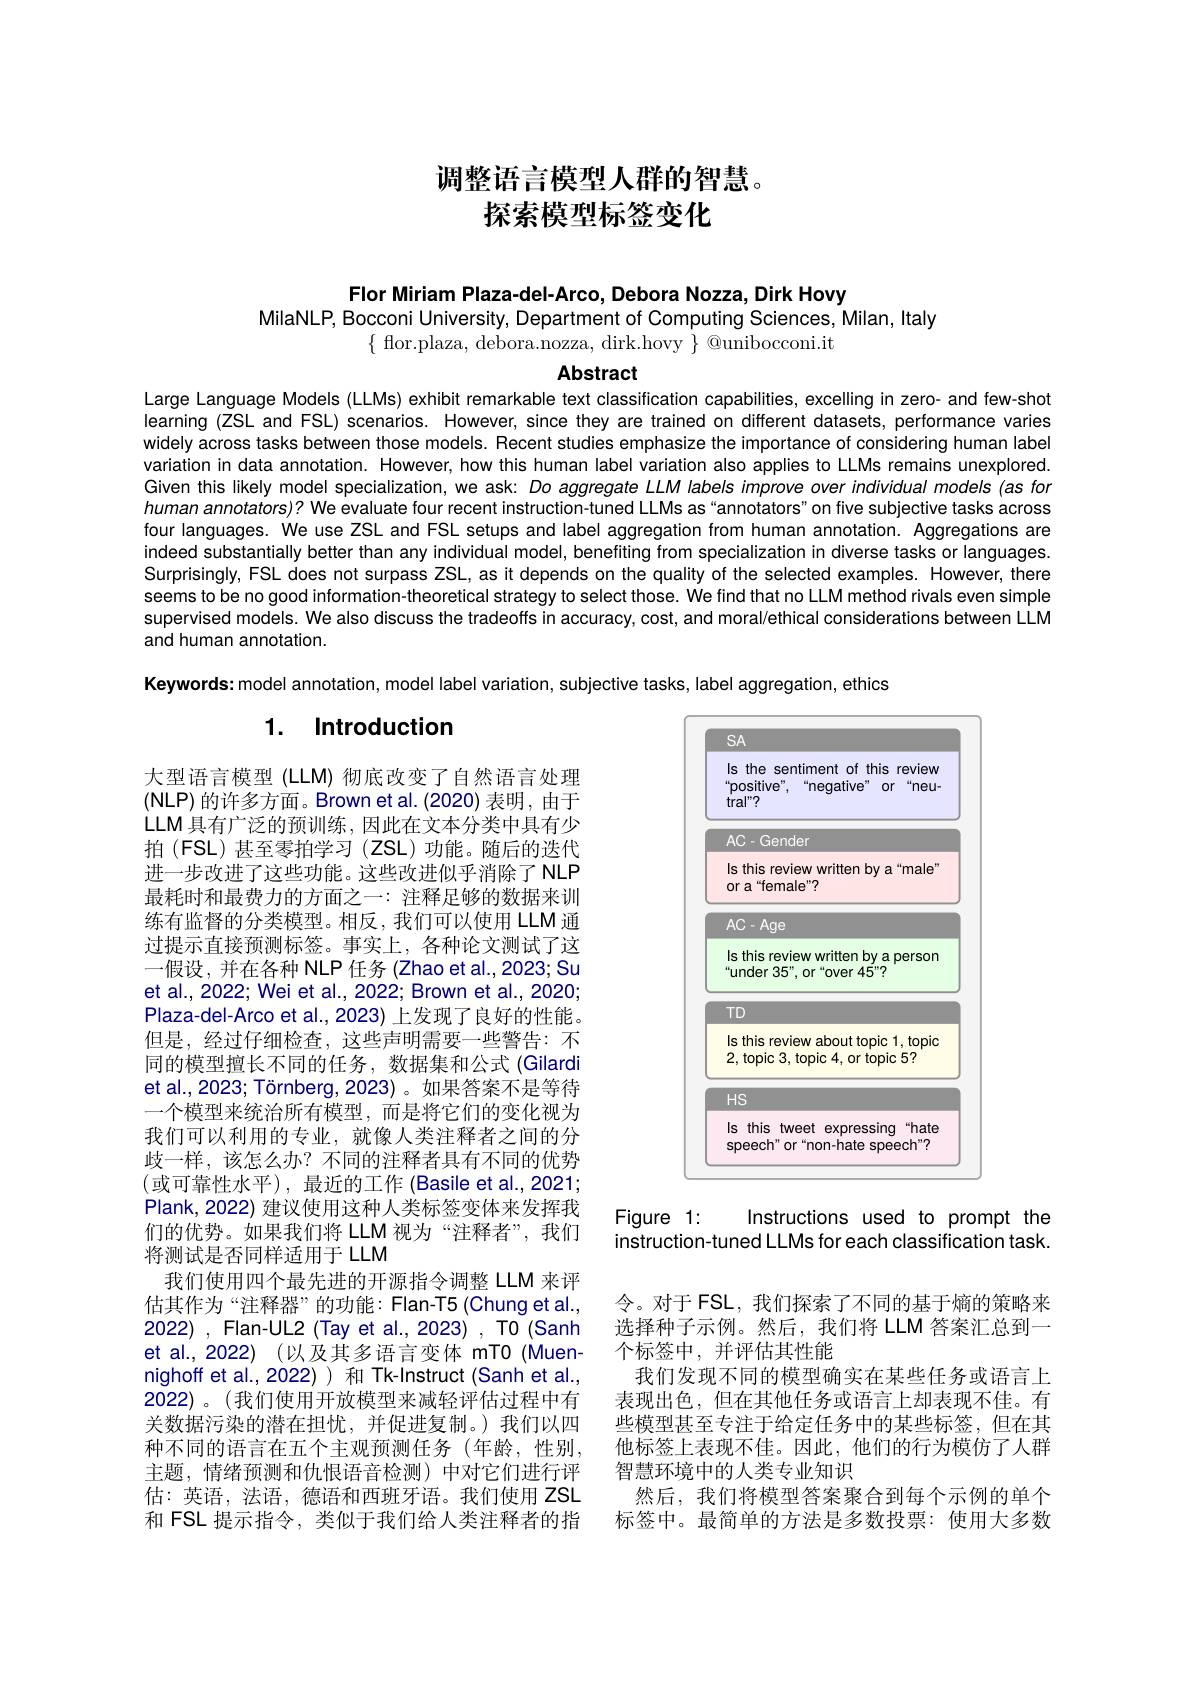
调整语言模型人群的智慧。
探索模型标签变化

Flor Miriam Plaza-del-Arco, Debora Nozza, Dirk Hovy
MilaNLP, Bocconi University, Departmént of Computing Sciences, Milan, Italy
$\{$ flor.plaza, debora.nozza, dirk.hovy $\}$ @unibocconi.it

Abstract

Large Language Models (LLMs) exhibit remarkable text classification capabilities, excelling in zero- and few-shot learning (ZSL and FSL) scenarios. However, since they are trained on different datasets, performance varies widely across tasks between those models. Recent studies emphasize the importance of considering human label variation in data annotation. However, how this human label variation also applies to LLMs remains unexplored. Given this likely model specialization, we ask: Do aggregate LLM labels improve over individual models (as for human annotators)? We evaluate four recent instruction-tuned LLMs as "annotators" on five subjective tasks across four languages. We use ZSL and FSL setups and label aggregation from human annotation. Aggregations are indeed substantially better than any individual model, benefiting from specialization in diverse tasks or languages. Surprisingly, FSL does not surpass ZSL, as it depends on the quality of the selected examples. However, there seems to be no good information-theoretical strategy to select those. We find that no LLM method rivals even simple supervised models. We also discuss the tradeoffs in accuracy, cost, and moral/ethical considerations between LLM and human annotation.
Keywords: model annotation, model label variation, subjective tasks, label aggregation, ethics

# 1. Introduction

<FigureHere>

大型语言模型 (LLM) 彻底改变了自然语言处理(NLP)的许多方面。Brown et al.(2020) 表明，由于LLM 具有广泛的预训练，因此在文本分类中具有少拍(FSL)甚至零拍学习(ZSL)功能。随后的迭代进一步改进了这些功能。这些改进似乎消除了 NLP 最耗时和最费力的方面之一：注释足够的数据来训练有监督的分类模型。相反，我们可以使用 LLM 通过提示直接预测标签。事实上，各种论文测试了这一假设，并在各种 NLP 任务 (Zhao et al.,2023; Su et al., 2022; Wei et al., 2022; Brown et al., 2020; Plaza-del-Arco et al.,2023) 上发现了良好的性能。但是，经过仔细检查，这些声明需要一些警告：不同的模型擅长不同的任务，数据集和公式 (Gilardi et al., 2023; Törnberg, 2023) 。如果答案不是等待一个模型来统治所有模型，而是将它们的变化视为我们可以利用的专业，就像人类注释者之间的分歧一样，该怎么办？不同的注释者具有不同的优势(或可靠性水平),最近的工作 (Basile et al.,2021; Plank, 2022) 建议使用这种人类标签变体来发挥我们的优势。如果我们将 LLM 视为“注释者”,我们将测试是否同样适用于 LLM
我们使用四个最先进的开源指令调整 LLM 来评估其作为“注释器”的功能：Flan-T5(Chung et al., 2022), Flan-UL2(Tay et al., 2023) , T0 (Sanh et al., 2022) (以及其多语言变体 mTO (Muennighoff et al.,2022))和 Tk-Instruct (Sanh et al., 2022)。(我们使用开放模型来减轻评估过程中有关数据污染的潜在担忧，并促进复制。)我们以四种不同的语言在五个主观预测任务(年龄，性别主题，情绪预测和仇恨语音检测)中对它们进行评估：英语，法语，德语和西班牙语。我们使用 ZSL 和 FSL 提示指令，类似于我们给人类注释者的指

Figure 1:
Instructions used to prompt the
instruction-tuned LLMs for each classification task.

令。对于 FSL, 我们探索了不同的基于熵的策略来选择种子示例。然后，我们将 LLM 答案汇总到一个标签中，并评估其性能
我们发现不同的模型确实在某些任务或语言上表现出色，但在其他任务或语言上却表现不佳。有些模型甚至专注于给定任务中的某些标签，但在其他标签上表现不佳。因此，他们的行为模仿了人群智慧环境中的人类专业知识
然后，我们将模型答案聚合到每个示例的单个标签中。最简单的方法是多数投票：使用大多数